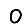
Digit: 0